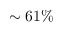
\sim 6 1 \%